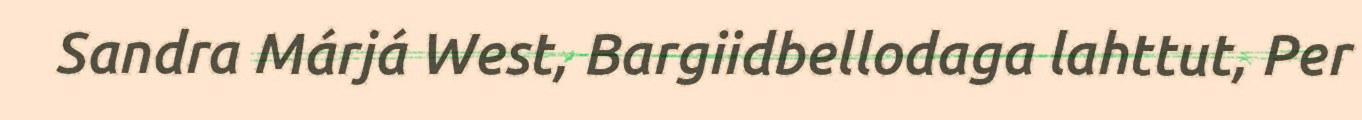
Sandra Márjá West, Bargiidbellodaga lahttut, Per